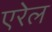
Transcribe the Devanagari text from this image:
एरेल